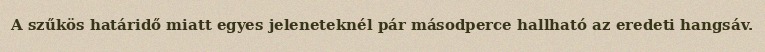
A szűkös határidő miatt egyes jeleneteknél pár másodperce hallható az eredeti hangsáv.